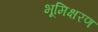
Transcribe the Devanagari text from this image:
भूमिक्षरण